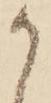
か